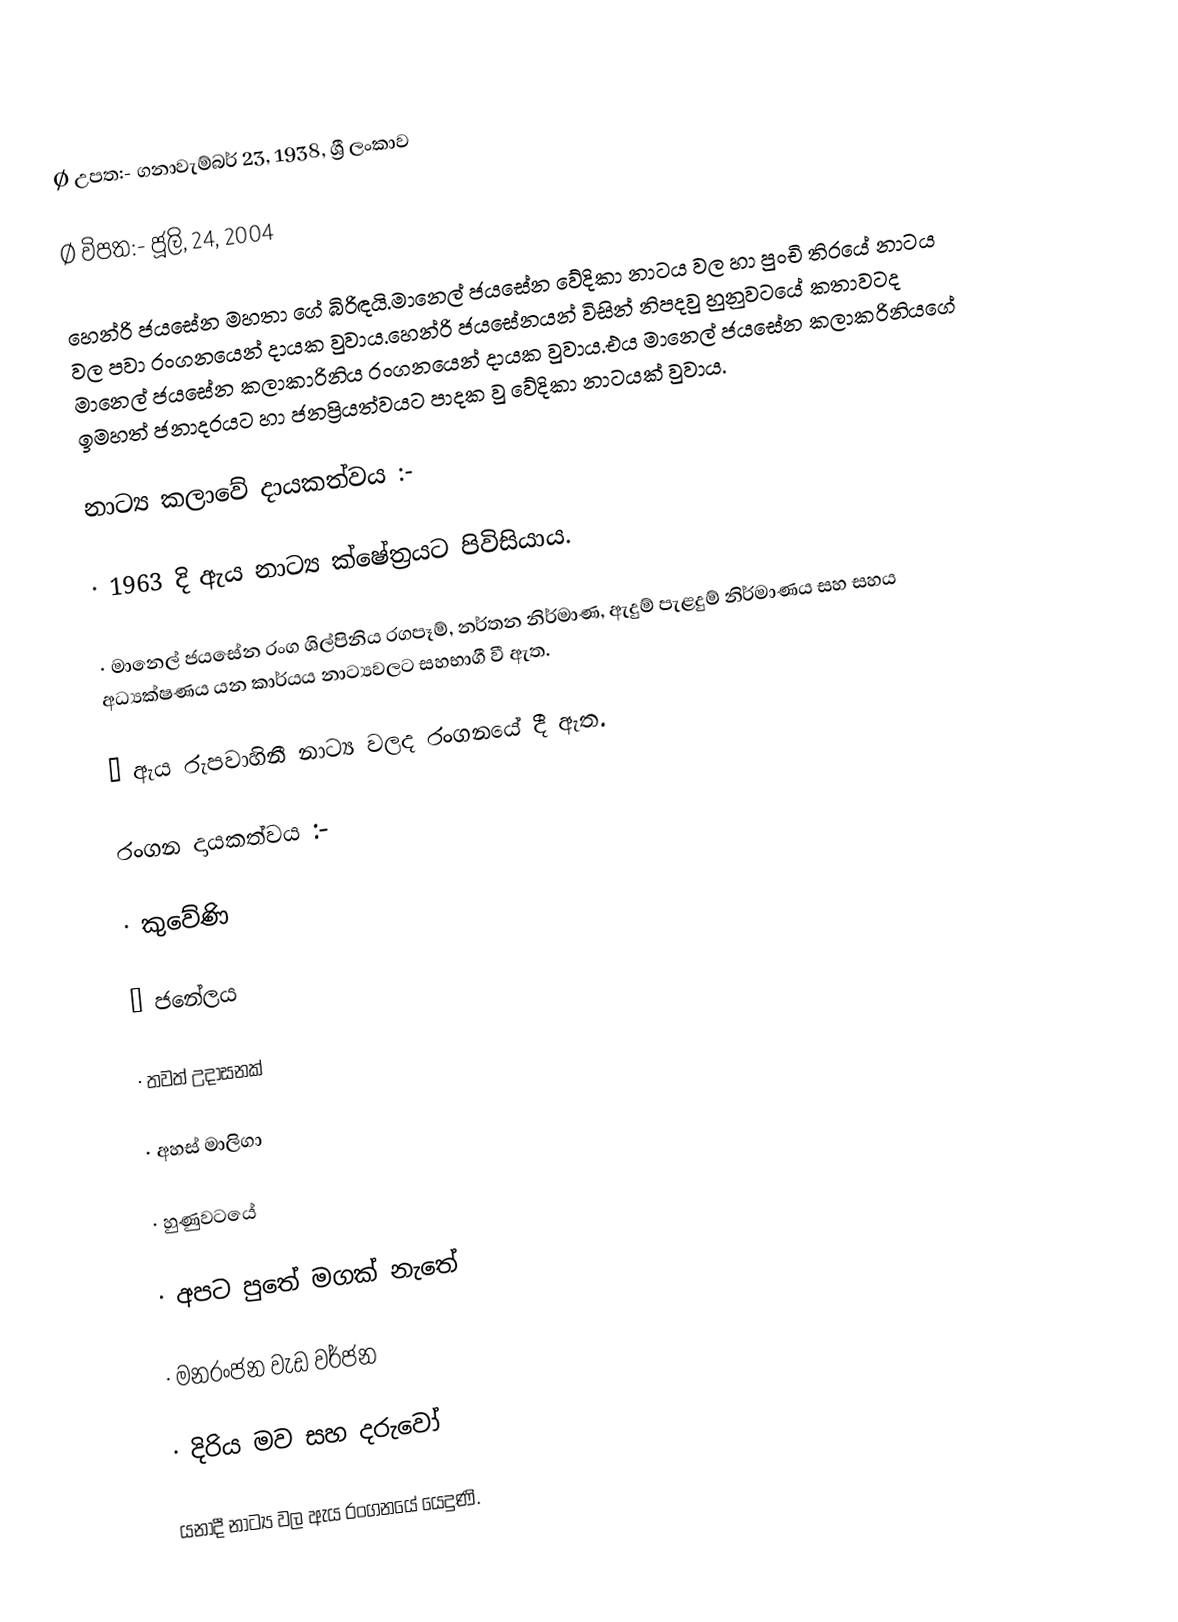
Ø  උපත:- ගනාවැම්බර් 23, 1938, ශ්‍රී ලංකාව

Ø  විපත:- ජූලි, 24, 2004

හෙන්රි ජයසේන මහතා ගේ බිරිඳයි.මානෙල් ජයසේන වේදිකා නාටය වල හා පුංචි තිරයේ නාටය වල පවා රංගනයෙන් දායක වුවාය.හෙන්රි ජයසේනයන් විසින් නිපදවු හුනුවටයේ කතාවටද මානෙල් ජයසේන කලාකාරිනිය රංගනයෙන් දායක වුවාය.එය මානෙල් ජයසේන කලාකරිනියගේ ඉමහත් ජනාදරයට හා ජනප්‍රියත්වයට පාදක වු වේදිකා නාටයක් වුවාය.

නාට්‍ය කලාවේ දායකත්වය :-

·        1963 දි ඇය නාට්‍ය ක්ෂේත්‍රයට පිවිසියාය.

·        මානෙල් ජයසේන රංග ශිල්පිනිය රගපෑම්, නර්තන නිර්මාණ, ඇදුම් පැළදුම් නිර්මාණය සහ සහය අධ්‍යක්ෂණය යන කාර්යය නාට්‍යවලට සහභාගී වී ඇත.

·        ඇය රුපවාහිනී නාට්‍ය වලද රංගනයේ දී ඇත.

රංගන දායකත්වය :-

·        කුවේණි

·        ජනේලය

·        තවත් උදාසනක්

·        අහස් මාලිගා

·        හුණුවටයේ

·        අපට පුතේ මගක් නැතේ

·        මනරංජන වැඩ වර්ජන

·        දිරිය මව සහ දරුවෝ

යනාදී නාට්‍ය වල ඇය රංගනයේ යෙදුණි.